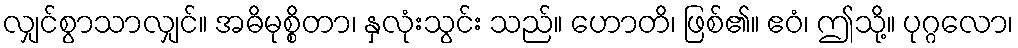
လျှင်စွာသာလျှင်။ အဓိမုစ္စိတာ၊ နှလုံးသွင်း သည်။ ဟောတိ၊ ဖြစ်၏။ ဧဝံ၊ ဤသို့။ ပုဂ္ဂလော၊